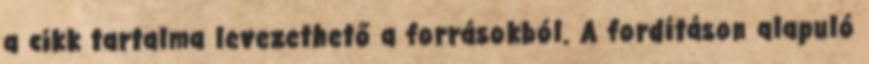
a cikk tartalma levezethető a forrásokból. A fordításon alapuló